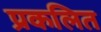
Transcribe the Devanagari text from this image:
प्रकलित